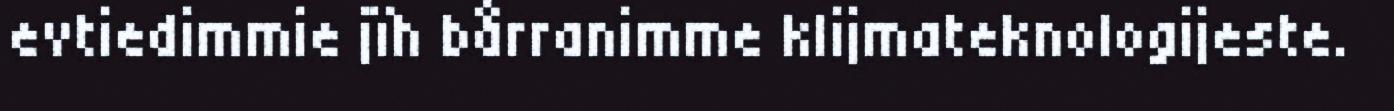
evtiedimmie jïh bårranimme klijmateknologijeste.